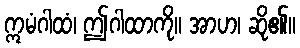
ဣမံဂါထံ၊ ဤဂါထာကို။ အာဟ၊ ဆို၏။